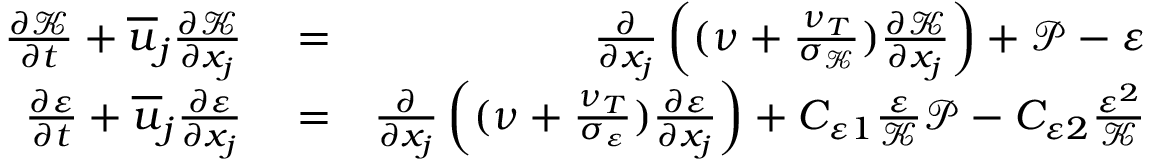
\begin{array} { r l r } { \frac { \partial \mathcal { K } } { \partial t } + \overline { { u } } _ { j } \frac { \partial \mathcal { K } } { \partial x _ { j } } } & { { } = } & { \frac { \partial } { \partial x _ { j } } \left( ( \nu + \frac { \nu _ { T } } { \sigma _ { \mathcal { K } } } ) \frac { \partial \mathcal { K } } { \partial x _ { j } } \right) + \mathcal { P } - \varepsilon } \\ { \frac { \partial \varepsilon } { \partial t } + \overline { { u } } _ { j } \frac { \partial \varepsilon } { \partial x _ { j } } } & { { } = } & { \frac { \partial } { \partial x _ { j } } \left( ( \nu + \frac { \nu _ { T } } { \sigma _ { \mathcal { \varepsilon } } } ) \frac { \partial \varepsilon } { \partial x _ { j } } \right) + C _ { \varepsilon 1 } \frac { \varepsilon } { \mathcal { K } } \mathcal { P } - C _ { \varepsilon 2 } \frac { \varepsilon ^ { 2 } } { \mathcal { K } } } \end{array}